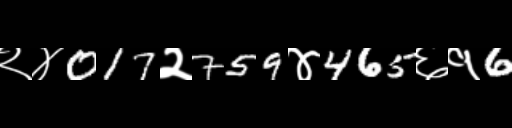
Text: २४017२759४465६१6